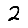
Digit: 2